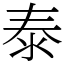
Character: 泰